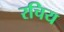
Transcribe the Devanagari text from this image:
रचिय